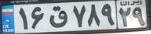
۱۶ق۷۸۹۲۹